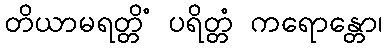
တိယာမရတ္တိံ ပရိတ္တံ ကရောန္တော၊